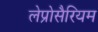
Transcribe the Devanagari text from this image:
लेप्रोसैरियम